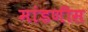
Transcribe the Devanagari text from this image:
मांडणीस